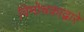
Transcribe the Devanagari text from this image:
विमोचकाद्वारे